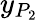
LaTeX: y_{P_{2}}